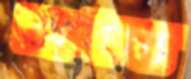
অধম্য